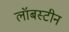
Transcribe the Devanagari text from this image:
लॉबस्टीन